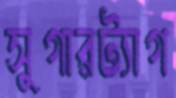
সুগারট্যাগ